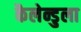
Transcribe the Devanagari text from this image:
कैलेन्डुला